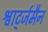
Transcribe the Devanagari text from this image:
श्वार्ट्जमैन